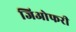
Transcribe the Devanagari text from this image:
जिओफरी